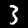
Label: 3